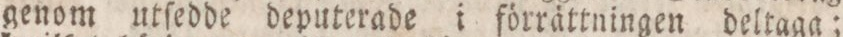
genom utſedde deputerade i förrättningen deltaga;